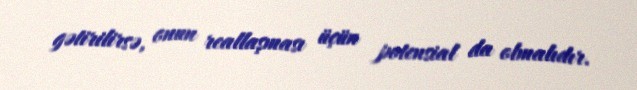
gətirilirsə, onun reallaşması üçün potensial da olmalıdır.